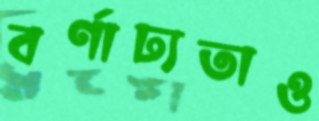
বর্ণাঢ্যতাও